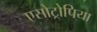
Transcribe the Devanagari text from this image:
एसोट्रोपिया